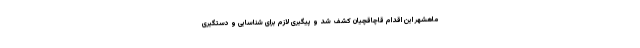
ماهشهر این اقدام قاچاقچیان کشف شد و پیگیری لازم برای شناسایی و دستگیری